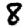
Digit: 8